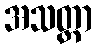
အသတ္တာ